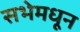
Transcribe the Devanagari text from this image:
सभेमधून